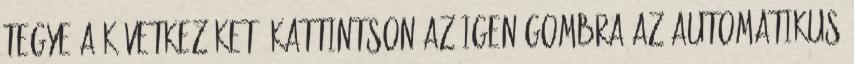
tegye a következőket: Kattintson az Igen gombra az automatikus